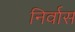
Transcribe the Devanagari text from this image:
निर्वास